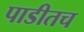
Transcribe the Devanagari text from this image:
पाडीतच